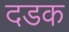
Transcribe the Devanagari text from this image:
दडक